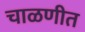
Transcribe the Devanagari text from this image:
चाळणीत